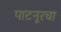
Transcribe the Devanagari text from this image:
पाटनूरचा